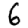
Digit: 6